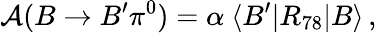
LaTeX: {\cal A}(B\rightarrow B^{\prime}\pi^{0})=\alpha\ \langle B^{\prime}|R_{78}|B\rangle\, ,